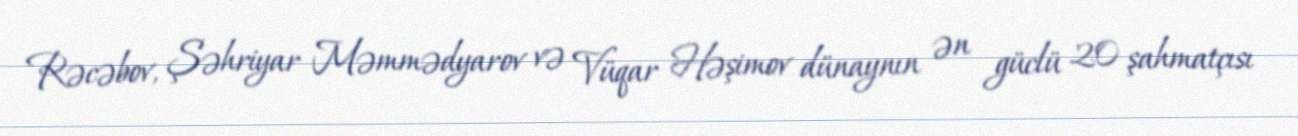
Rəcəbov, Şəhriyar Məmmədyarov və Vüqar Həşimov dünaynın ən güclü 20 şahmatçısı